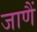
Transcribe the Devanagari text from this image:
जाणैं